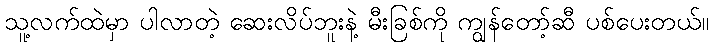
သူ့လက်ထဲမှာ ပါလာတဲ့ ဆေးလိပ်ဘူးနဲ့ မီးခြစ်ကို ကျွန်တော့်ဆီ ပစ်ပေးတယ်။